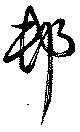
村